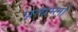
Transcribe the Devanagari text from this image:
प्रत्यम्लों